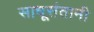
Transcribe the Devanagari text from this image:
साधूसंतानी